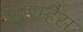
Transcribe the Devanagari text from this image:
पाणम्हैस